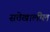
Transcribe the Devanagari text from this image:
सत्तेखालील